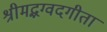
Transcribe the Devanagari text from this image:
श्रीमद्भग्वदगीता